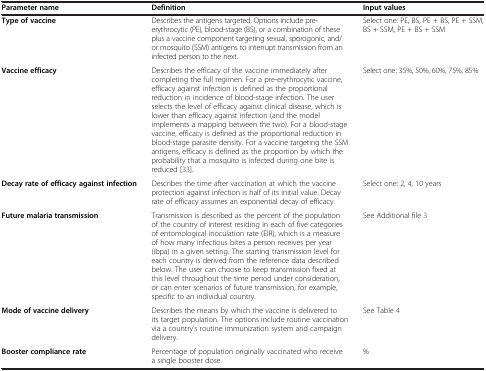
<table><thead><tr><td><b>Parameter name</b></td><td><b>Definition</b></td><td><b>Input values</b></td></tr></thead><tbody><tr><td><b>Type of vaccine</b></td><td>Describes the antigens targeted. Options include pre-erythrocytic (PE), blood-stage (BS), or a combination of these plus a vaccine component targeting sexual, sporogonic, and/or mosquito (SSM) antigens to interrupt transmission from an infected person to the next.</td><td>Select one: PE, BS, PE + BS, PE + SSM, BS + SSM, PE + BS + SSM</td></tr><tr><td><b>Vaccine efficacy</b></td><td>Describes the efficacy of the vaccine immediately after completing the full regimen. For a pre-erythrocytic vaccine, efficacy against infection is defined as the proportional reduction in incidence of blood-stage infection. The user selects the level of efficacy against clinical disease, which is lower than efficacy against infection (and the model implements a mapping between the two). For a blood-stage vaccine, efficacy is defined as the proportional reduction in blood-stage parasite density. For a vaccine targeting the SSM antigens, efficacy is defined as the proportion by which the probability that a mosquito is infected during one bite is reduced [33].</td><td>Select one: 35%, 50%, 60%, 75%, 85%</td></tr><tr><td><b>Decay rate of efficacy against infection</b></td><td>Describes the time after vaccination at which the vaccine protection against infection is half of its initial value. Decay rate of efficacy assumes an exponential decay of efficacy.</td><td>Select one: 2, 4, 10 years</td></tr><tr><td><b>Future malaria transmission</b></td><td>Transmission is described as the percent of the population of the country of interest residing in each of five categories of entomological inoculation rate (EIR), which is a measure of how many infectious bites a person receives per year (ibpa) in a given setting. The starting transmission level for each country is derived from the reference data described below. The user can choose to keep transmission fixed at this level throughout the time period under consideration, or can enter scenarios of future transmission, for example, specific to an individual country.</td><td>See Additional file 3</td></tr><tr><td><b>Mode of vaccine delivery</b></td><td>Describes the means by which the vaccine is delivered to its target population. The options include routine vaccination via a country’s routine immunization system and campaign delivery.</td><td>See Table 4</td></tr><tr><td><b>Booster compliance rate</b></td><td>Percentage of population originally vaccinated who receive a single booster dose.</td><td>%</td></tr></tbody></table>